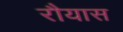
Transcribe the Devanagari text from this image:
रौयास